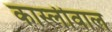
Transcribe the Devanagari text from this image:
कास्लीवाल